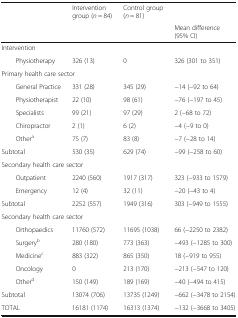
| <ROWSPAN=2-COLSPAN=2>  | Intervention group (n = 84) | Control group (n = 81) |  |
 | <COLSPAN=2>  | Mean difference (95% CI) |
 | --- | --- | --- | --- | --- |
 | <COLSPAN=5> Intervention |
 |  | Physiotherapy | 326 (13) | 0 | 326 (301 to 351) |
 | <COLSPAN=5> Primary health care sector |
 | <ROWSPAN=5>  | General Practice | 331 (28) | 345 (29) | −14 (−92 to 64) |
 | Physiotherapist | 22 (10) | 98 (61) | −76 (−197 to 45) |
 | Specialists | 99 (21) | 97 (29) | 2 (−68 to 72) |
 | Chiropractor | 2 (1) | 6 (2) | −4 (−9 to 0) |
 | Othera | 75 (7) | 83 (8) | −7 (−28 to 14) |
 | <COLSPAN=2> Subtotal | 530 (35) | 629 (74) | −99 (−258 to 60) |
 | <COLSPAN=5> Secondary health care sector |
 | <ROWSPAN=2>  | Outpatient | 2240 (560) | 1917 (317) | 323 (−933 to 1579) |
 | Emergency | 12 (4) | 32 (11) | −20 (−43 to 4) |
 | <COLSPAN=2> Subtotal | 2252 (557) | 1949 (316) | 303 (−949 to 1555) |
 | <COLSPAN=5> Secondary health care sector |
 | <ROWSPAN=5>  | Orthopaedics | 11760 (572) | 11695 (1038) | 66 (−2250 to 2382) |
 | Surgeryb | 280 (180) | 773 (363) | −493 (−1285 to 300) |
 | Medicinec | 883 (322) | 865 (350) | 18 (−919 to 955) |
 | Oncology | 0 | 213 (170) | −213 (−547 to 120) |
 | Otherd | 150 (149) | 189 (169) | −40 (−494 to 415) |
 | <COLSPAN=2> Subtotal | 13074 (706) | 13735 (1249) | −662 (−3478 to 2154) |
 | <COLSPAN=2> TOTAL | 16181 (1174) | 16313 (1374) | −132 (−3668 to 3405) |